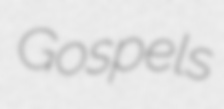
Gospels